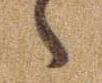
ゝ